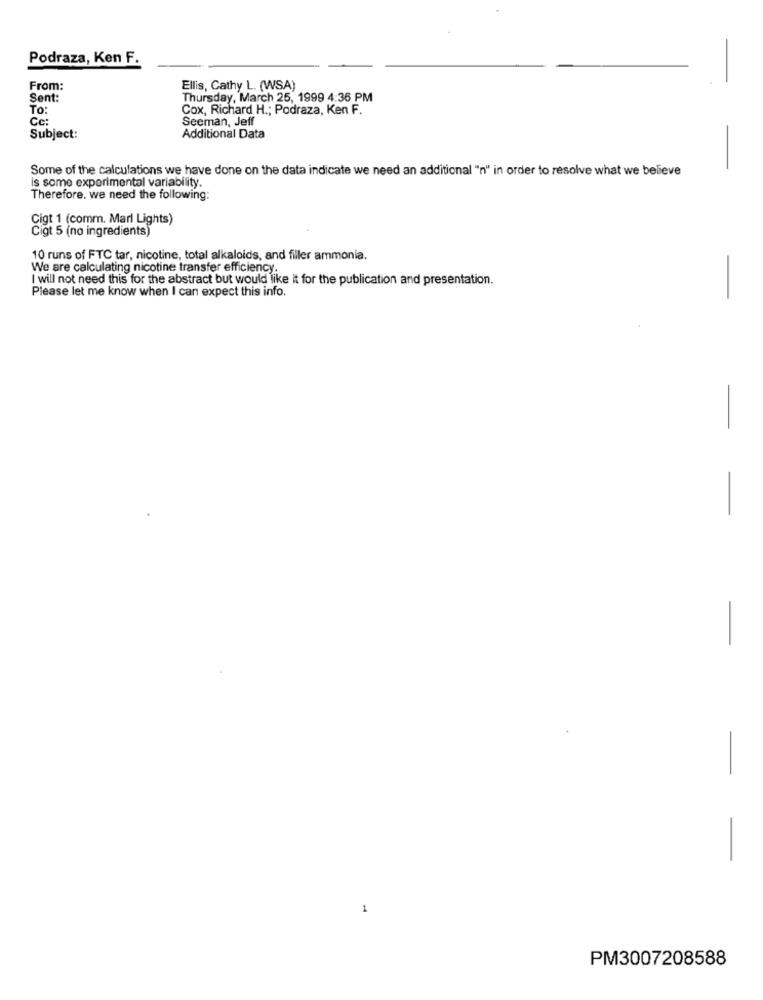
Podraza, Ken F.
From:
Ellis, Cathy L. (WSA)
Sent:
Thursday, March 25, 1999 4:36 PM
To:
Cox, Richard H .; Podraza, Ken F.
Cc:
Seeman, Jeff
Subject:
Additional Data
Some of the calculations we have done on the data indicate we need an additional "n" in order to resolve what we believe
is some experimental variability.
Therefore. we need the following:
Cigt 1 (comm. Marl Lights)
Cigt 5 (no ingredients)
10 runs of FTC tar, nicotine, total alkaloids, and filler ammonia.
We are calculating nicotine transfer efficiency.
I will not need this for the abstract but would like it for the publication and presentation.
Please let me know when I can expect this info.
-
-
-
-
-
-
-
1
PM3007208588